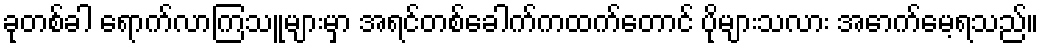
ခုတစ်ခါ ရောက်လာကြသူများမှာ အရင်တစ်ခေါက်ကထက်တောင် ပိုများသလား အောက်မေ့ရသည်။